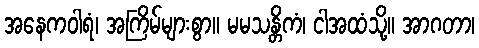
အနေကဝါရံ၊ အကြိမ်များစွာ။ မမသန္တိကံ၊ ငါအထံသို့။ အာဂတာ၊